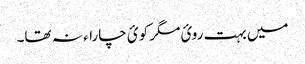
میں بہت روئ مگر کوئ چاراء نہ تھا۔